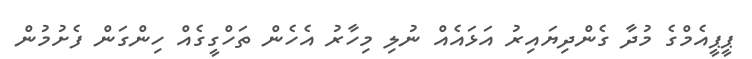
ޕީޕީއެމްގެ މުދާ ގެންދިޔައިރު އަޅައެއް ނުލި މިހާރު އެހެން ތަހްގީގެއް ހިންގަން ފެށުމުން